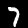
Label: 7